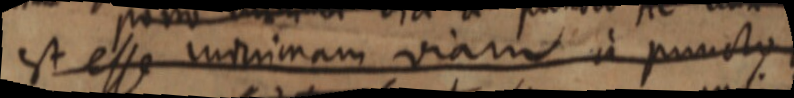
est esse mimimam viam a puncto